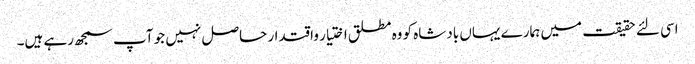
اسی لئے حقیقت میں ہمارے یہاں بادشاه کو وه مطلق اختیار واقتدار حاصل نہیں جو آپ سمجھ رہے ہیں۔